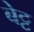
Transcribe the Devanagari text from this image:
बेट्ट